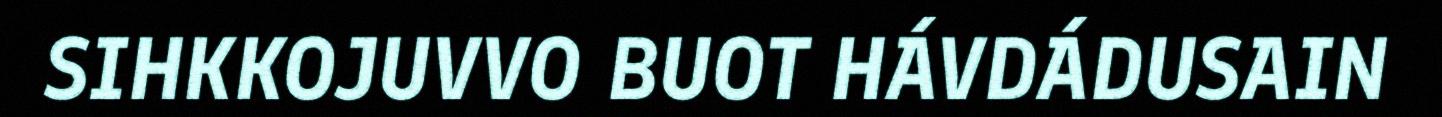
SIHKKOJUVVO BUOT HÁVDÁDUSAIN